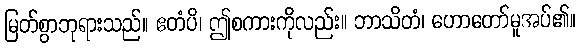
မြတ်စွာဘုရားသည်။ ဧတံပိ၊ ဤစကားကိုလည်း။ ဘာသိတံ၊ ဟောတော်မူအပ်၏။